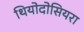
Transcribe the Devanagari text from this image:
थियोदोसियरा